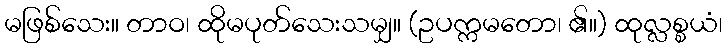
မဖြစ်သေး။ တာဝ၊ ထိုမပုတ်သေးသမျှ။ (ဥပက္ကမတော၊ ၏။) ထုလ္လစ္စယံ၊